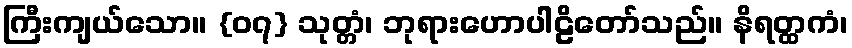
ကြီးကျယ်သော။ {၀၇} သုတ္တံ၊ ဘုရားဟောပါဠိတော်သည်။ နိရတ္ထကံ၊